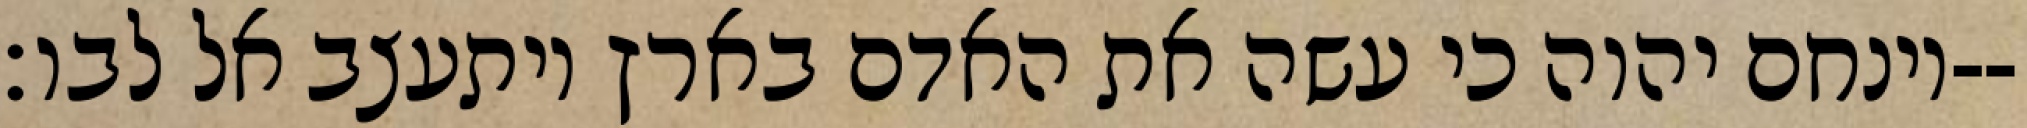
וינחם יהוה כי עשה את האדם בארץ ויתעצב אל לבו׃--